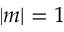
| m | = 1